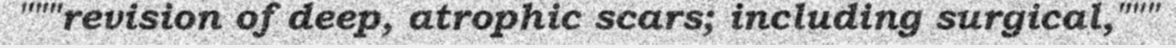
"""revision of deep, atrophic scars; including surgical,"""